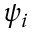
\psi _ { i }